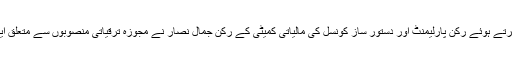
اس موقع پر گفتگو کرتے ہوئے رکن پارلیمنٹ اور دستور ساز کونسل کی مالیاتی کمیٹی کے رکن جمال نصار نے مجوزہ ترقیاتی منصوبوں سے متعلق ایک رپورٹ پیش کی۔